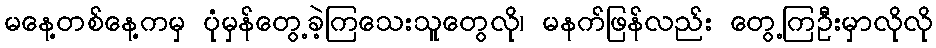
မနေ့တစ်နေ့ကမှ ပုံမှန်တွေ့ခဲ့ကြသေးသူတွေလို၊ မနက်ဖြန်လည်း တွေ့ကြဦးမှာလိုလို